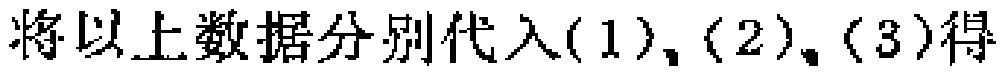
将以上数据分别代入(1), (2), (3)得